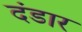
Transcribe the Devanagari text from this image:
दंडार